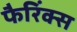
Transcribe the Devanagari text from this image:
फैरिंक्स